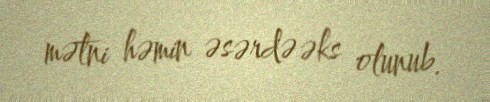
mətni həmin əsərdə əks olunub.